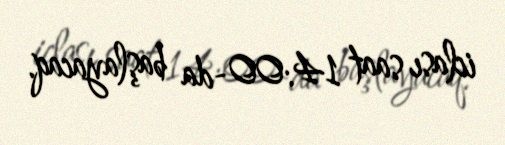
iclası saat 14:00-da başlayacaq.